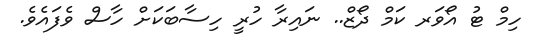
ހިމް ޓު އޯވަރ ކަމް ދޯޒް.. ނައިރާ ހުރީ ހިސާބަކަށް ހާސް ވެފައެވެ.